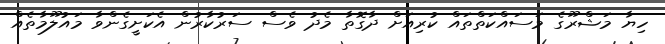
ހިޔާ މަޝްރޫގެ މަސައްކަތްތައް ކުރިއަށް ދާގޮތާ މެދު ވެސް ސަރުކާރުން އެކަށީގެންވާ މައުލޫމާތެއް